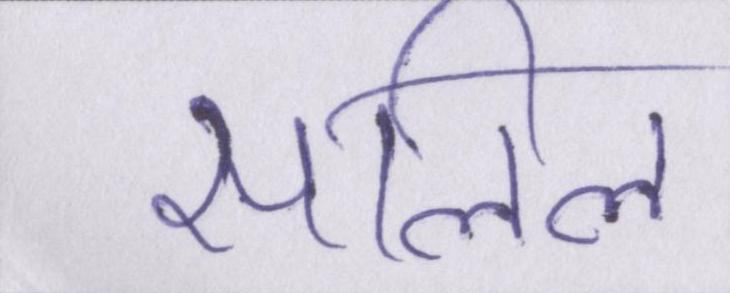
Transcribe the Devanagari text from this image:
सलिल